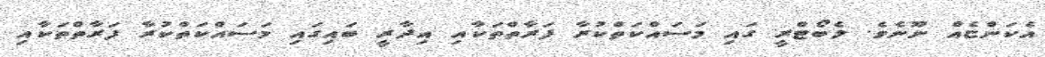
އެކަންޏެއް ނޫނެވެ. ލެބޯޓްރީ ގައި މަސައްކަތްކުރާ ފަރާތްތަކާއި އިދާރީ ބައިގައި މަސައްކަތްކުރާ ފަރާތްތަކާއި